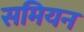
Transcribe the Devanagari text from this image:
समियन